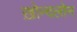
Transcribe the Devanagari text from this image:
ख़ोन्दलोन